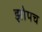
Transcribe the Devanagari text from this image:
झोपच